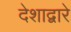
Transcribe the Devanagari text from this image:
देशाद्वारे